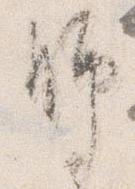
脚